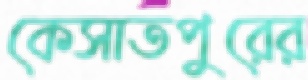
কেসাতপুরের